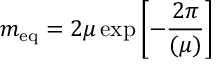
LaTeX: m _ { \mathrm { e q } } = 2 \mu \exp \left[ - \frac { 2 \pi } { \l ( \mu ) } \right]